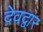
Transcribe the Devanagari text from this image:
देवद्वार